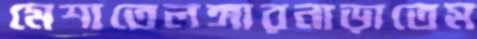
মেশাতেলঙ্গারনাড়াতেম